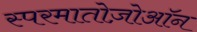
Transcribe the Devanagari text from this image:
स्परमातोज़ोऑन